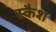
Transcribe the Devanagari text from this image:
स्कैश